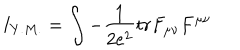
I _ { Y . M . } = \int - \frac { 1 } { 2 e ^ { 2 } } t r F _ { \mu \nu } F ^ { \mu \nu }